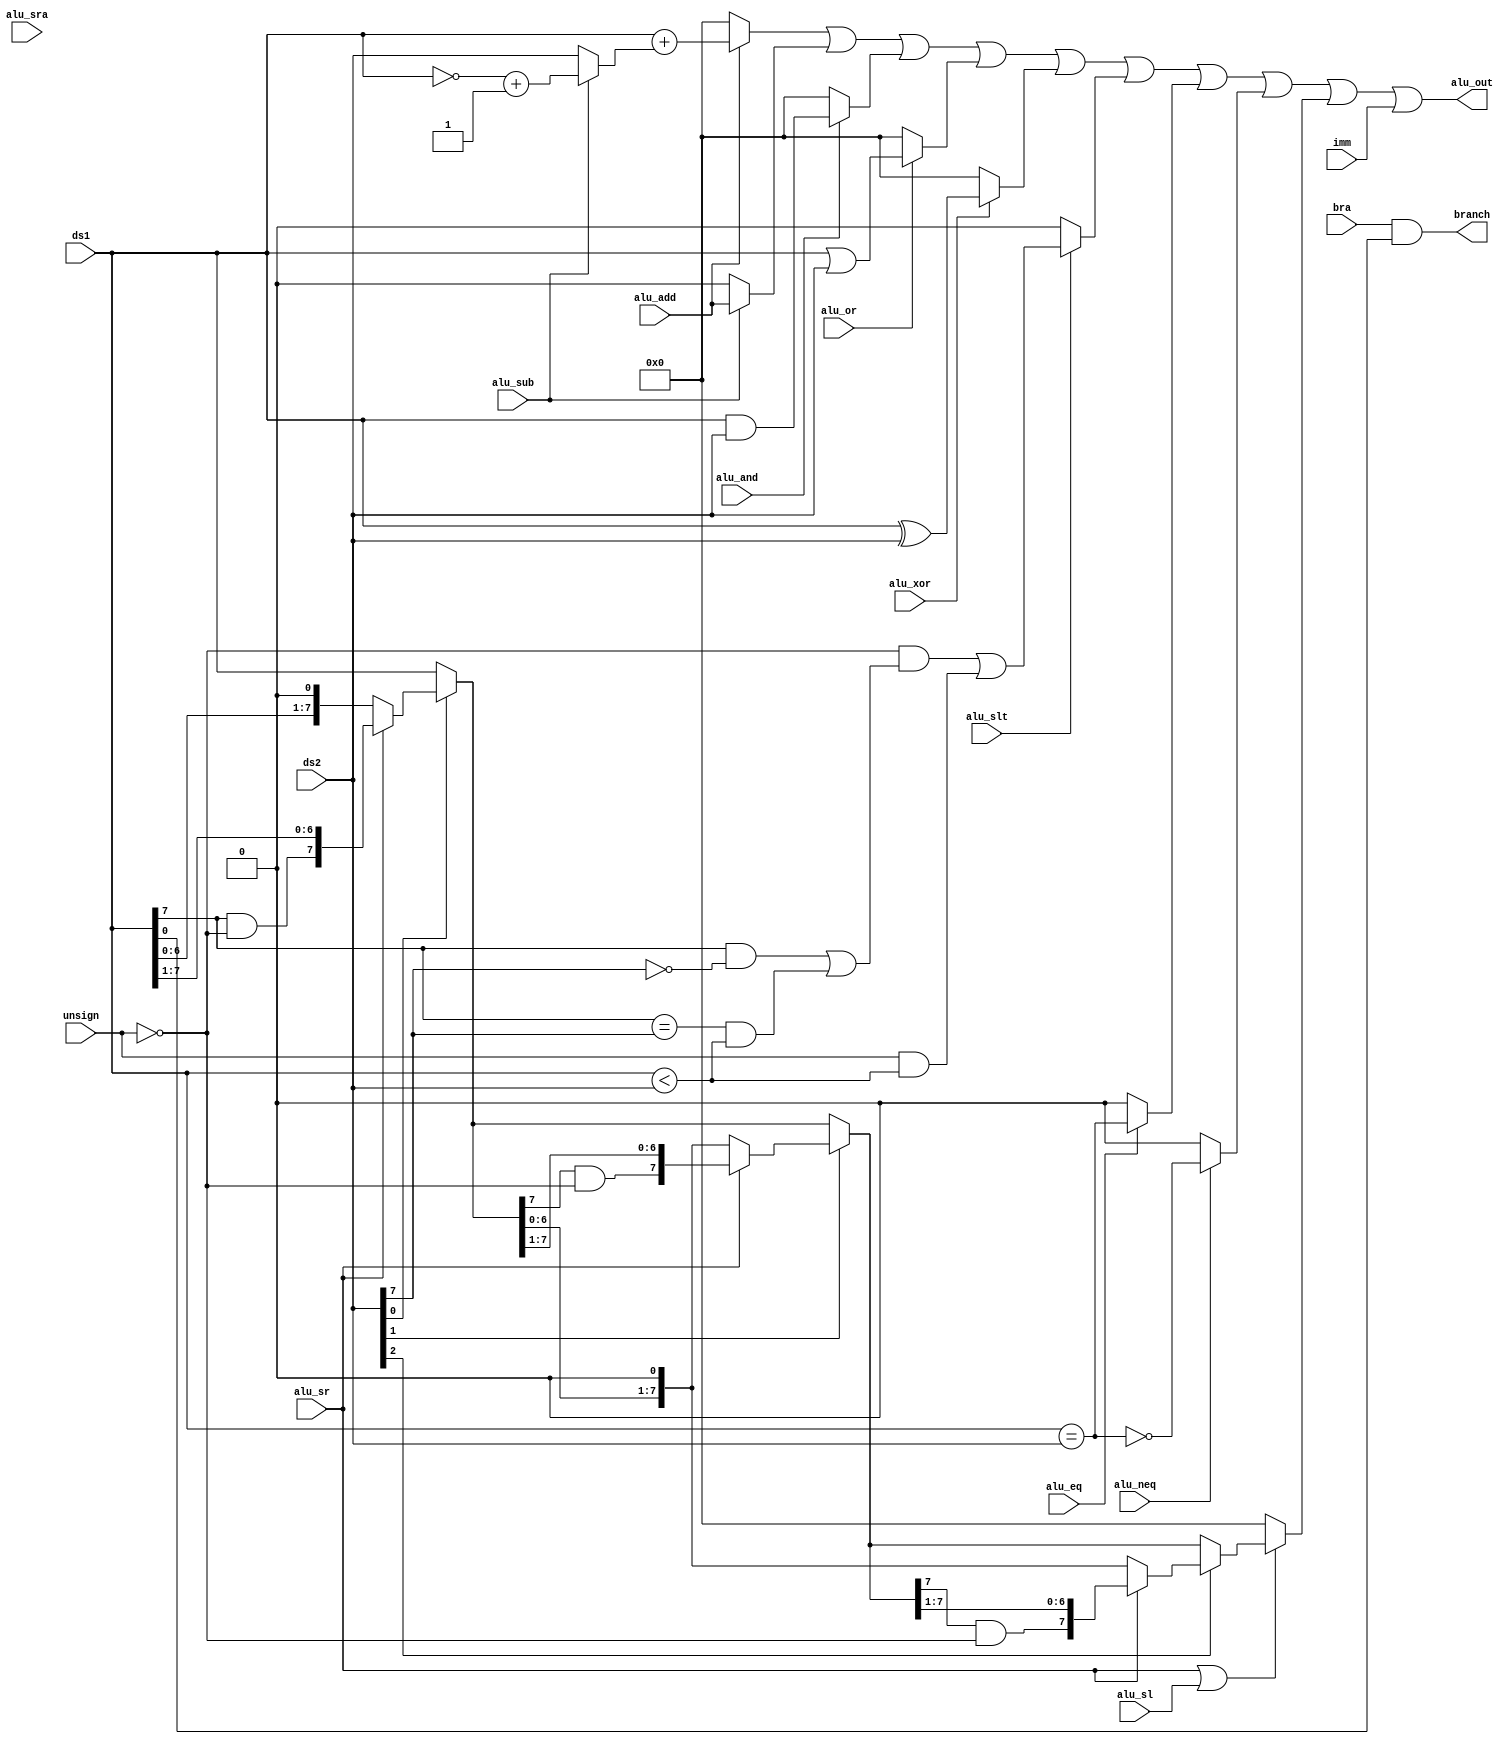
module alu(
input wire [7:0]ds1,
input wire [7:0]ds2,
input wire [7:0]imm,

//1
input wire alu_add,
input wire alu_sub,
input wire alu_and,
input wire alu_or,
input wire alu_xor,
input wire alu_sr,
input wire alu_sl,
input wire alu_sra,
input wire alu_slt,
input wire alu_eq,
input wire alu_neq,
input wire unsign,		//

input wire bra,			//

output wire [7:0]alu_out,
output wire branch		//

);

wire [7:0]data_add;		//
wire [7:0]data_sub;
wire [7:0]data_and;
wire [7:0]data_or;
wire [7:0]data_xor;
wire data_slt;
wire data_eq;
wire data_neq;
wire [7:0]data_shift;	//

wire [7:0]alu_compare;	//
wire ds1_equal_ds2;
wire ds1_great_than_ds2;
wire ds1_light_than_ds2;

wire [7:0]ds2_data;		//ds2
wire [7:0]inv;		//
wire [7:0]add_1;	//+1s

//
wire [7:0]shift_evel1;
wire [7:0]shift_evel2;




assign data_add	=	ds1 + ds2_data;
//DS2
assign inv		=	~ds1;
assign add_1	=	inv	+ 8'b1;
//DS2DS2
assign ds2_data	=	alu_sub ? add_1 : ds2;

assign data_sub	=	alu_add;
assign data_and			=	ds1	& ds2;			//ds2CSRRCxDS1CSRDS2RS1
assign data_or			=	ds1 | ds2;
assign data_xor			=	ds1 ^ ds2;
assign data_slt			=	ds1_light_than_ds2;
assign data_eq			=	ds1_equal_ds2;
assign data_neq			=	!ds1_equal_ds2;

//ds2ds1
assign ds1_light_than_ds2	=	!unsign&((ds1[7]&!ds2[7])|				//ds1ds2
								(ds1[7]==ds2[7]) & (ds1 < ds2))|			//ds1ds2
								unsign&(ds1 < ds2);							//
assign ds1_great_than_ds2	=	!unsign&((!ds1[7]&ds2[7])|				//ds1ds2
								(ds1[7]==ds2[7]) & (ds1 > ds2))|			//
								unsign&(ds1 < ds2);							//
assign ds1_equal_ds2		=	(ds1 == ds2);



//
//
assign shift_evel1=(
    (ds2[0])?
    (alu_sr?{{1{ds1[7]&!unsign}},ds1[7:1]}:{ds1[6:0],1'b0}):
    (ds1));
assign shift_evel2=(
    (ds2[1])?
    (alu_sr?{{1{shift_evel1[7]&!unsign}},shift_evel1[7:1]}:{shift_evel1[6:0],1'b0}):
    (shift_evel1));
assign data_shift=(
    (ds2[2])?
    (alu_sr?{{1{shift_evel2[7]&!unsign}},shift_evel2[7:1]}:{shift_evel1[6:0],1'b0}):
    (shift_evel2));


assign branch	=	bra & ds1[0];		//rs1 bit0=1

assign alu_out			=	(alu_add 	? data_add 	: 8'b0)|		//
							(alu_sub 	? data_sub 	: 8'b0)|		//
							(alu_and	? data_and 	: 8'b0)|		//&
							(alu_or 	? data_or 	: 8'b0)|		//|
							(alu_xor 	? data_xor 	: 8'b0)|		//^
							(alu_slt 	? {6'b0,data_slt} 	: 8'b0)|		//
							(alu_eq		? {6'b0,data_eq}	: 8'b0)|		//
							(alu_neq	? {6'b0,data_neq}	: 8'b0)|		//
							((alu_sr|alu_sl)?data_shift	: 8'b0)|imm;	//
							



endmodule